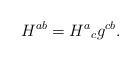
LaTeX: \begin{align*}H^{ab}={H^a}_c g^{cb} .\end{align*}